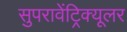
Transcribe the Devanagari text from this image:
सुपरावेंट्रिक्यूलर